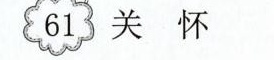
61 关怀